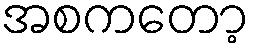
အစကတော့